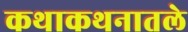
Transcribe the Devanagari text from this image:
कथाकथनातले